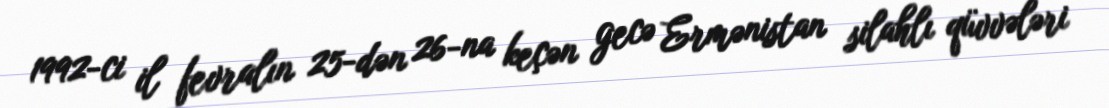
1992-ci il fevralın 25-dən 26-na keçən gecə Ermənistan silahlı qüvvələri